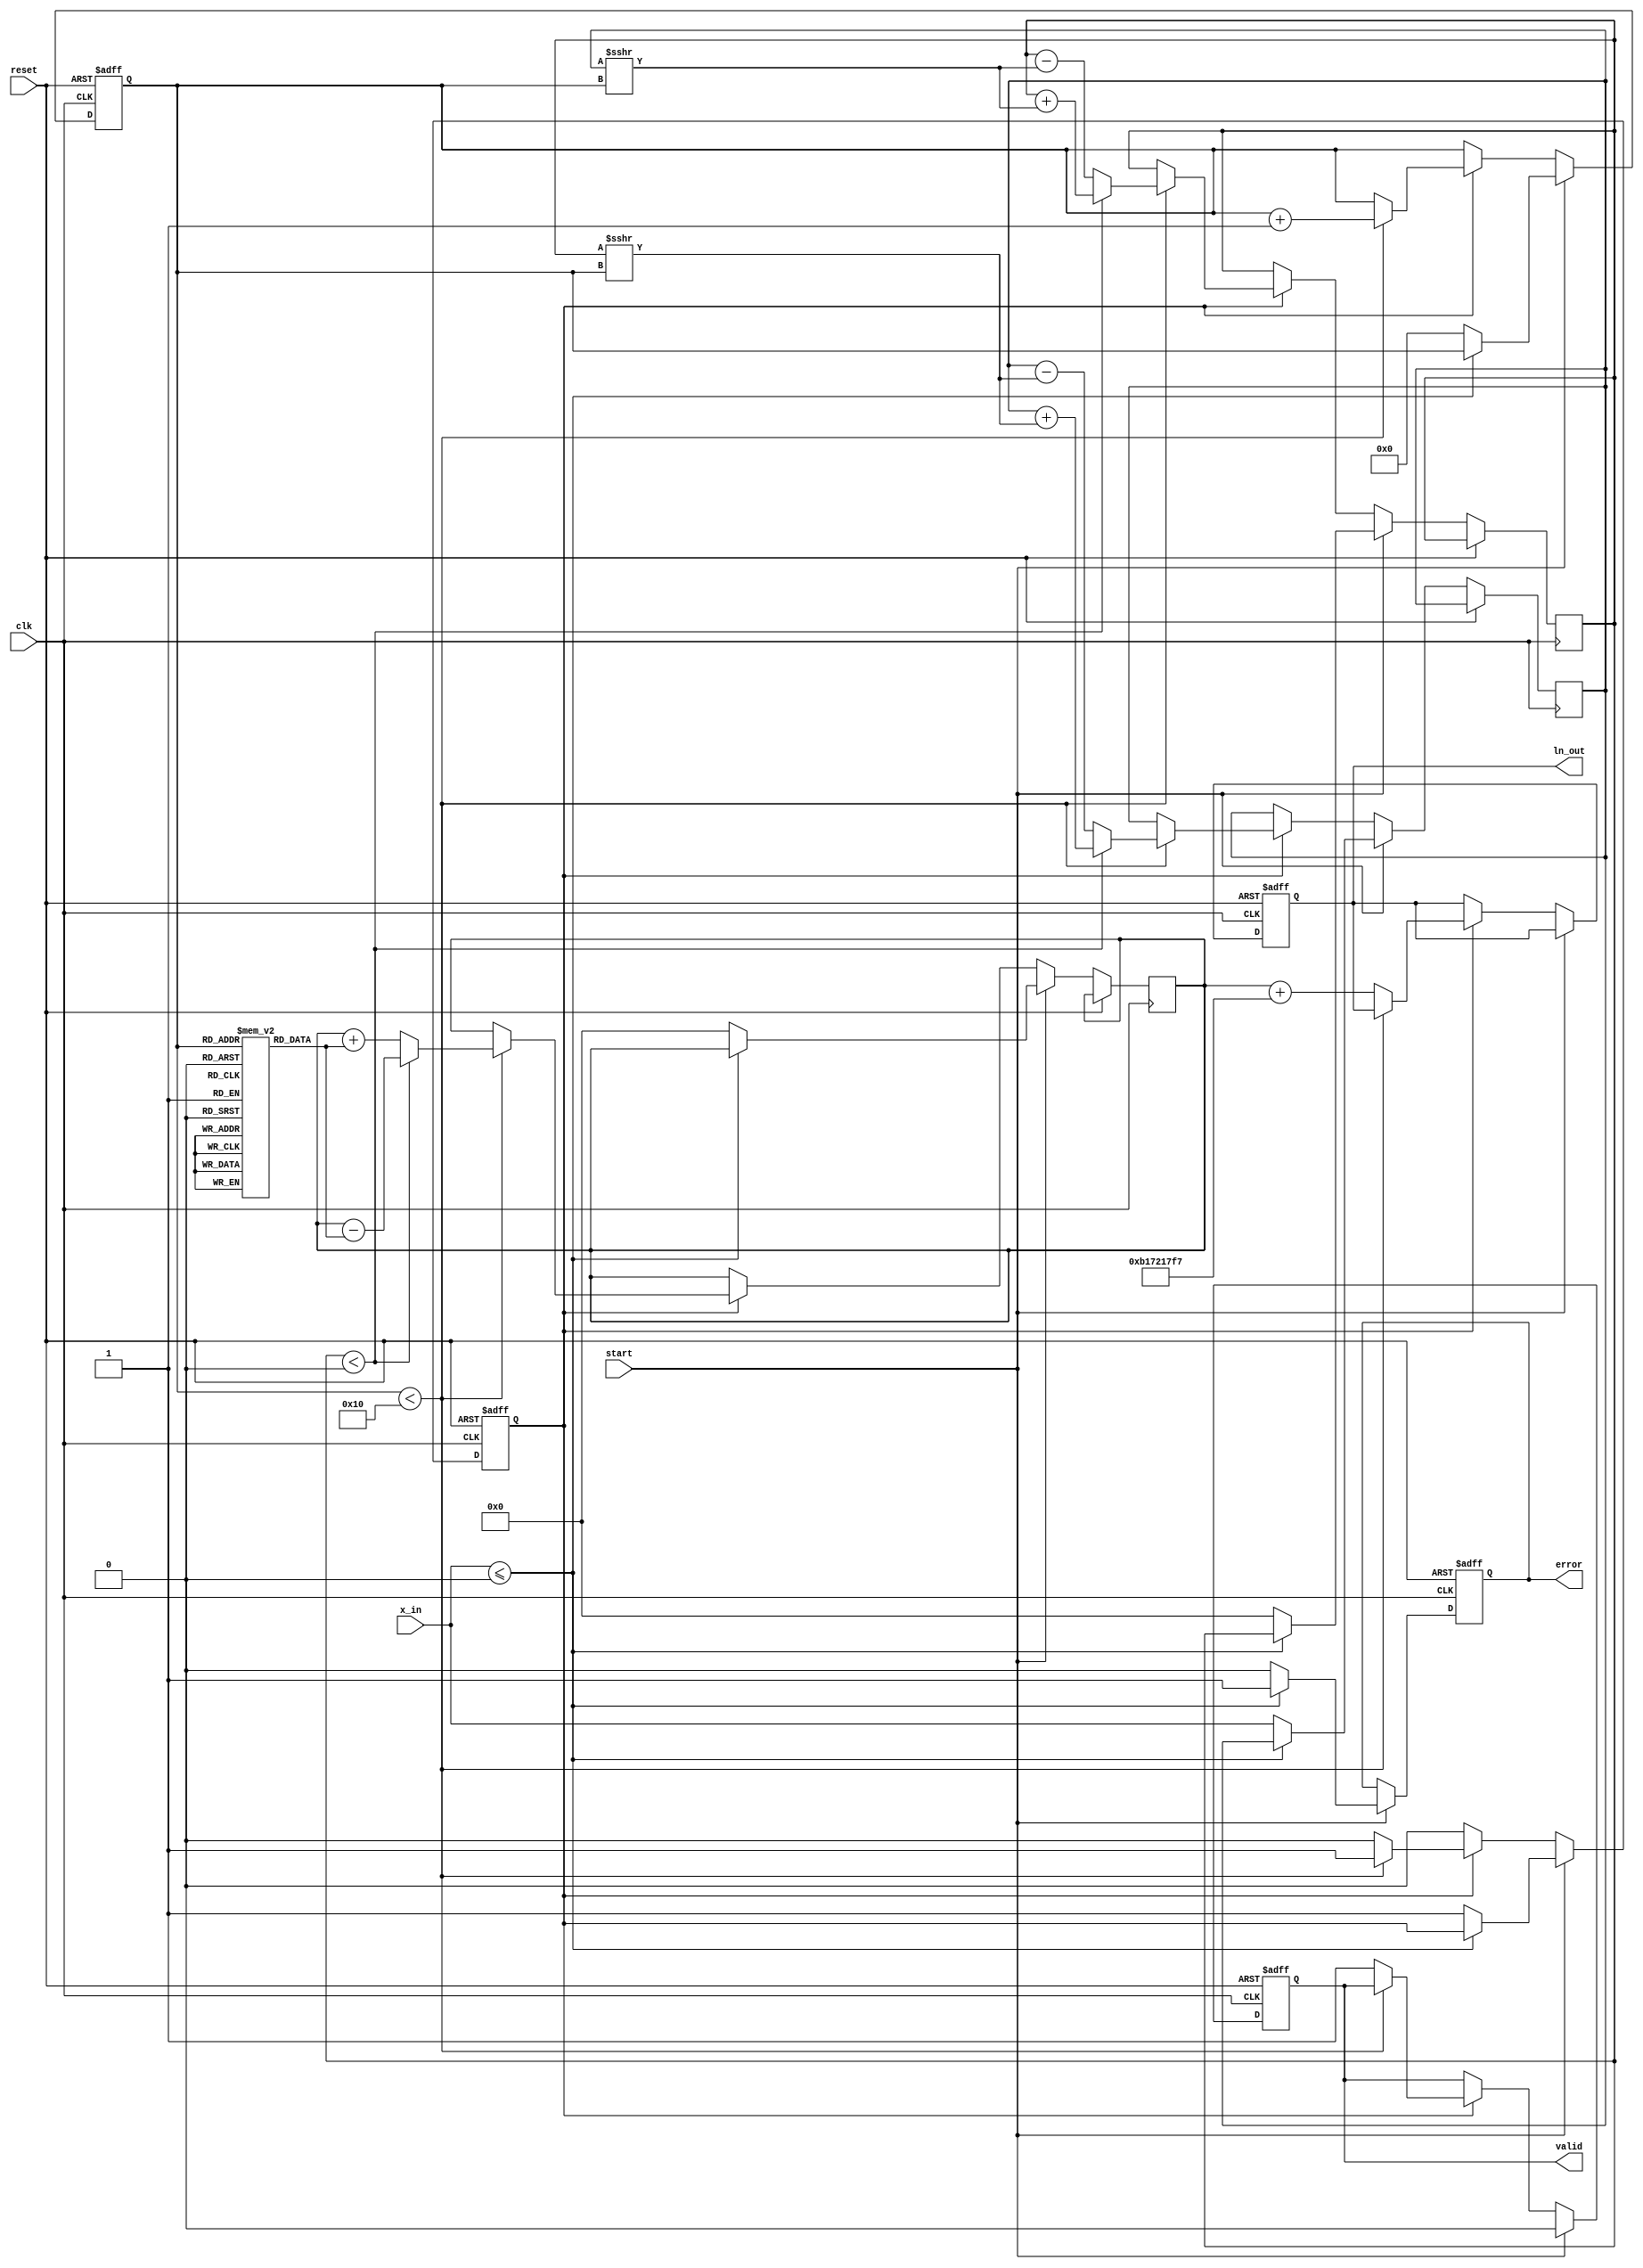
module cordic_logarithm (
    input wire clk,
    input wire reset,
    input wire start,
    input wire [31:0] x_in, // Fixed-point input (positive real number)
    output reg [31:0] ln_out, // Fixed-point output for ln
    output reg valid, // Output valid signal
    output reg error // Error signal for invalid inputs
);

    // CORDIC parameters
    parameter NUM_ITERATIONS = 16; // Number of iterations for CORDIC
    parameter CORDIC_SCALE = 32'hB17217F7; // Scaling factor for CORDIC

    // Internal signals
    reg [31:0] x, y, z; // CORDIC variables
    reg [NUM_ITERATIONS-1:0] angle_table [0:NUM_ITERATIONS-1]; // Angle table
    reg [3:0] iteration_counter; // Iteration counter
    reg computing; // Flag to indicate if computation is in progress

    // Initialize angle table (arctan values)
    initial begin
        angle_table[0] = 32'h00000000; // atan(0)
        angle_table[1] = 32'h20000000; // atan(1/2^1)
        angle_table[2] = 32'h14000000; // atan(1/2^2)
        angle_table[3] = 32'h0A000000; // atan(1/2^3)
        angle_table[4] = 32'h05000000; // atan(1/2^4)
        angle_table[5] = 32'h02800000; // atan(1/2^5)
        angle_table[6] = 32'h01400000; // atan(1/2^6)
        angle_table[7] = 32'h00A00000; // atan(1/2^7)
        angle_table[8] = 32'h00500000; // atan(1/2^8)
        angle_table[9] = 32'h00280000; // atan(1/2^9)
        angle_table[10] = 32'h00140000; // atan(1/2^10)
        angle_table[11] = 32'h000A0000; // atan(1/2^11)
        angle_table[12] = 32'h00050000; // atan(1/2^12)
        angle_table[13] = 32'h00028000; // atan(1/2^13)
        angle_table[14] = 32'h00014000; // atan(1/2^14)
        angle_table[15] = 32'h0000A000; // atan(1/2^15)
    end

    // State machine for CORDIC computation
    always @(posedge clk or posedge reset) begin
        if (reset) begin
            ln_out <= 32'b0;
            valid <= 1'b0;
            error <= 1'b0;
            computing <= 1'b0;
            iteration_counter <= 4'b0;
        end else if (start) begin
            if (x_in <= 32'b0) begin
                error <= 1'b1; // Invalid input
                valid <= 1'b0;
            end else begin
                error <= 1'b0; // Valid input
                valid <= 1'b0;
                computing <= 1'b1;
                x <= x_in;
                y <= 32'b0; // Initial y value
                z <= 32'b0; // Initial angle
                iteration_counter <= 4'b0;
            end
        end else if (computing) begin
            if (iteration_counter < NUM_ITERATIONS) begin
                // CORDIC rotation
                if (y < 0) begin
                    // Rotate clockwise
                    x <= x + (y >>> iteration_counter);
                    y <= y + (x >>> iteration_counter);
                    z <= z - angle_table[iteration_counter];
                end else begin
                    // Rotate counter-clockwise
                    x <= x - (y >>> iteration_counter);
                    y <= y - (x >>> iteration_counter);
                    z <= z + angle_table[iteration_counter];
                end
                iteration_counter <= iteration_counter + 1;
            end else begin
                // Final output calculation
                ln_out <= z + CORDIC_SCALE; // Adjust for scaling
                valid <= 1'b1; // Output is valid
                computing <= 1'b0; // End computation
            end
        end
    end

endmodule